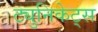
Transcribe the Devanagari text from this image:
ट्युनिकेट्स